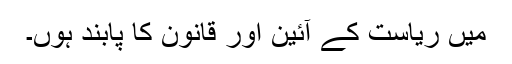
میں ریاست کے آئین اور قانون کا پابند ہوں۔